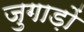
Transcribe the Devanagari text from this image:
जुगाड़ों